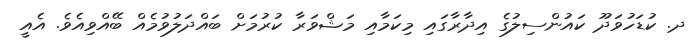
ދ. ކުޑަހުވަދޫ ކައުންސިލުގެ އިދާރާގައި މިކަމާއި މަޝްވަރާ ކުރުމަށް ބައްދަލުވުމެއް ބޭއްވިއެވެ. އެއީ